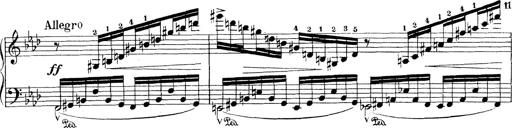
Title: Variationen Ã¼ber das Motiv von Bach
Composer: Franz Liszt